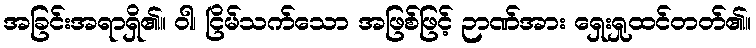
အခြင်းအရာရှိ၏။ ဝါ၊ ငြိမ်သက်သော အဖြစ်ဖြင့် ဉာဏ်အား ရှေးရှုထင်တတ်၏။